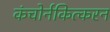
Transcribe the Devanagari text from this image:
कंचोर्नकित्करन